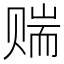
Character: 𬥼